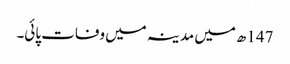
147ھ میں مدینہ میں وفات پائی۔